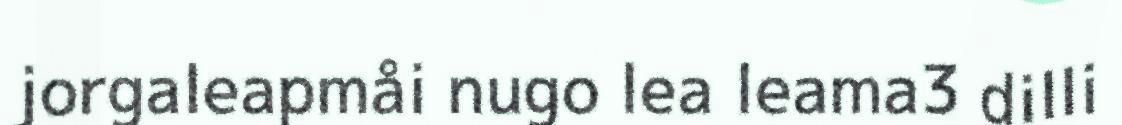
jorgaleapmåi nugo lea leama3 dilli